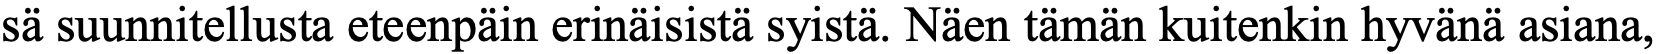
sä suunnitellusta eteenpäin erinäisistä syistä. Näen tämän kuitenkin hyvänä asiana,